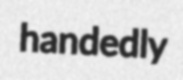
handedly